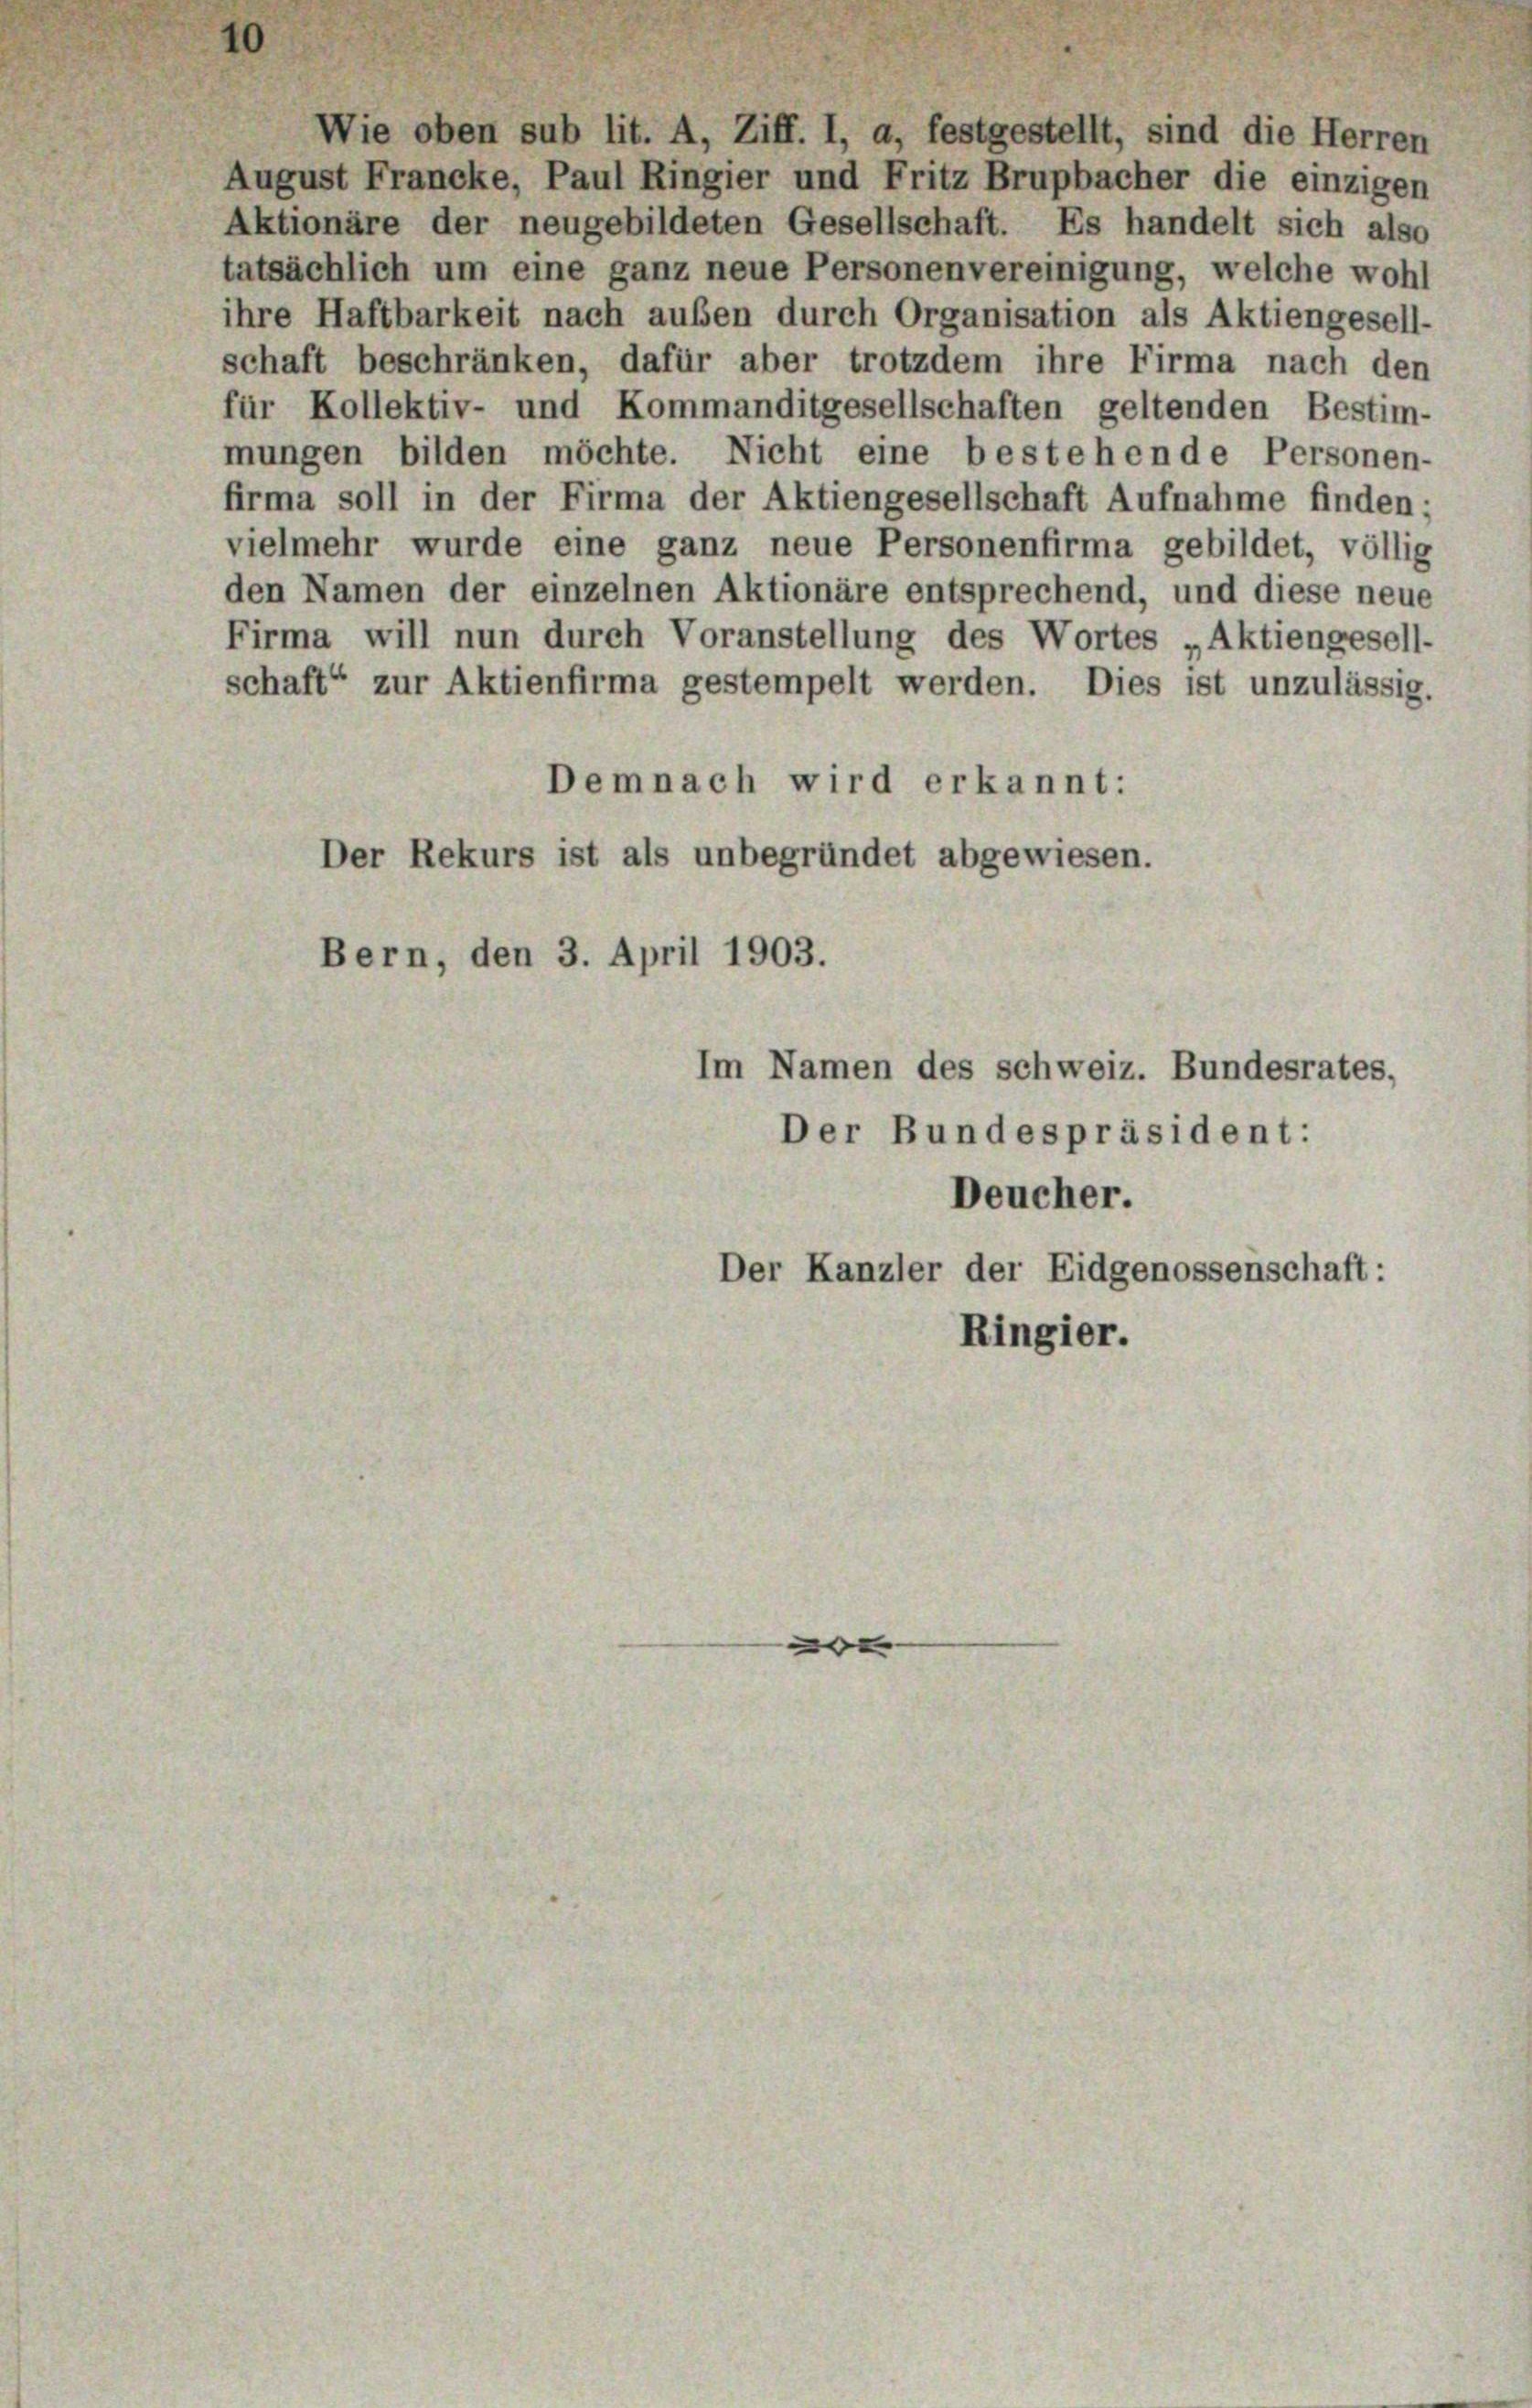
10

Wie oben sub lit. A, Ziff. I, a, festgestellt, sind die Herren
August Francke, Paul Ringier und Fritz Brupbacher die einzigen
Aktionäre der neugebildeten Gesellschaft. Es handelt sich also
tatsächlich um eine ganz neue Personenvereinigung, welche wohl
ihre Haftbarkeit nach außen durch Organisation als Aktiengesell-
schaft beschränken, dafür aber trotzdem ihre Firma nach den
für Kollektiv- und Kommanditgesellschaften geltenden Bestim-
mungen bilden möchte. Nicht eine bestehende Personen-
firma soll in der Firma der Aktiengesellschaft Aufnahme finden;
vielmehr wurde eine ganz neue Personenfirma gebildet, völlig
den Namen der einzelnen Aktionäre entsprechend, und diese neue
Firma will nun durch Voranstellung des Wortes „Aktiengesell-
schaft“ zur Aktienfirma gestempelt werden. Dies ist unzulässig.
Demnach wird erkannt:
Der Rekurs ist als unbegründet abgewiesen.
Bern, den 3. April 1903.
Im Namen des schweiz. Bundesrates,
Der Bundespräsident:
Deucher.

Der Kanzler der Eidgenossenschaft:
Ringier.